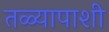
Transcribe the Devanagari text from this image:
तळ्यापाशी